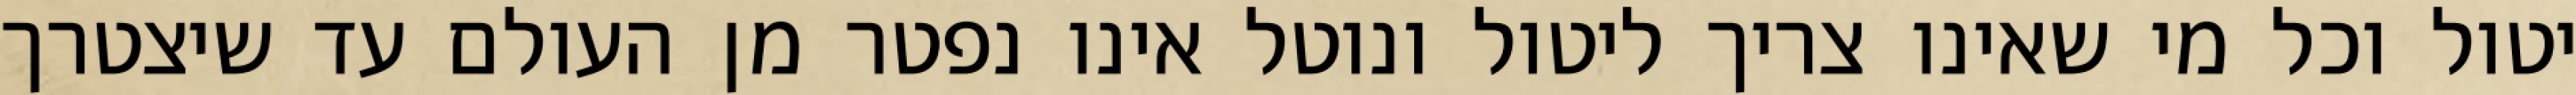
יטול וכל מי שאינו צריך ליטול ונוטל אינו נפטר מן העולם עד שיצטרך